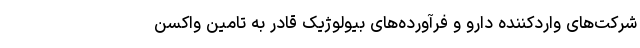
شرکت‌های واردکننده دارو و فرآورده‌های بیولوژیک قادر به تامین واکسن